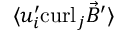
{ \langle u _ { i } ^ { \prime } \mathrm { c u r l } _ { j } { \vec { B } } ^ { \prime } \rangle }